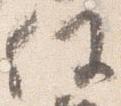
任